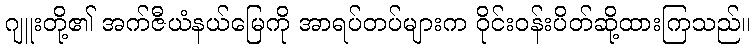
ဂျူးတို့၏ အက်ဇီယံနယ်မြေကို အာရပ်တပ်များက ဝိုင်းဝန်းပိတ်ဆို့ထားကြသည်။